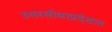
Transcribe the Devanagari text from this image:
उत्तरसीमाप्रदेशात